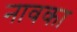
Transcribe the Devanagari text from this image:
नावका